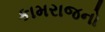
કામરાજનો